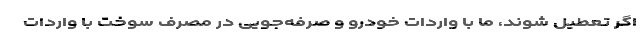
اگر تعطیل شوند، ما با واردات خودرو و صرفه‌جویی در مصرف سوخت با واردات